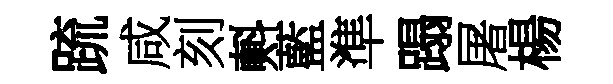
䟽咸刻㪺藍準蹋屠楊